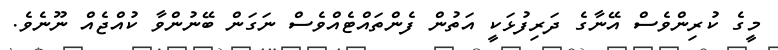
މީގެ ކުރިންވެސް އޭނާގެ ދަރިފުޅަކީ އަތުން ފެންތައްޓެއްވެސް ނަގަން ބޭނުންވާ ކުއްޖެއް ނޫނެވެ.